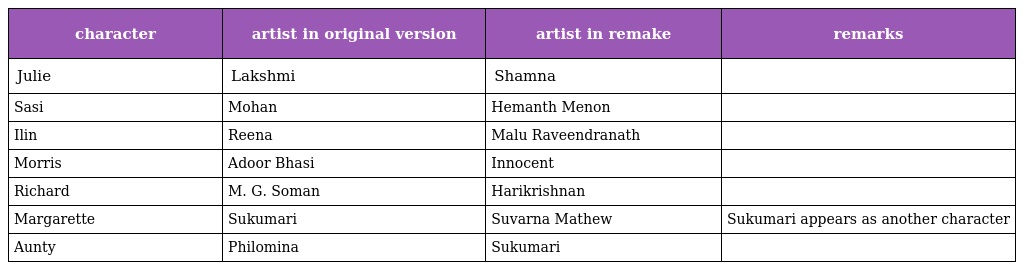
| character | artist in original version | artist in remake | remarks |
 | --- | --- | --- | --- |
 | Julie | Lakshmi | Shamna |  |
 | Sasi | Mohan | Hemanth Menon |  |
 | Ilin | Reena | Malu Raveendranath |  |
 | Morris | Adoor Bhasi | Innocent |  |
 | Richard | M. G. Soman | Harikrishnan |  |
 | Margarette | Sukumari | Suvarna Mathew | Sukumari appears as another character |
 | Aunty | Philomina | Sukumari |  |